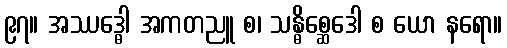
၉၇။ အဿဒ္ဓေါ အကတညူ စ၊ သန္ဓိစ္ဆေဒေါ စ ယော နရော။